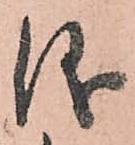
儀